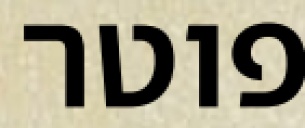
פוטר